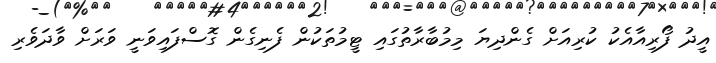
އީދު ފޯރިއާއެކު ކުރިއަށް ގެންދިޔަ މިމުބާރާތުގައި ޓީމުތަކުން ފެނިގެން ގޮސްފައިވަނީ ވަރަށް ވާދަވެރި